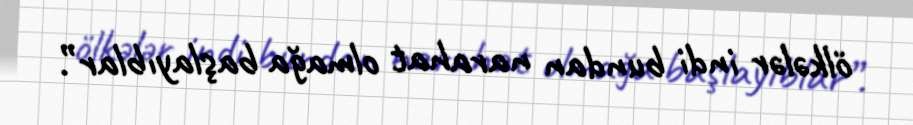
ölkələr indi bundan narahat olmağa başlayıblar”.